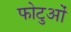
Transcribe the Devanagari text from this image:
फोटुओं